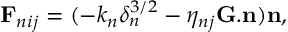
\mathbf { F } _ { n i j } = ( - k _ { n } \delta _ { n } ^ { 3 / 2 } - \eta _ { n j } \mathbf { G . n } ) \mathbf { n } ,